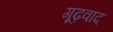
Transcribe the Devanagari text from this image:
गूढ़वाद